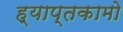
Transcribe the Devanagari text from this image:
ह्याप्तकामो